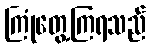
ကြုံတွေ့ကြရသည်